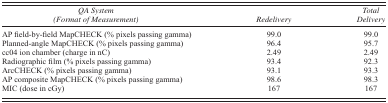
<table><thead><tr><td><b><i>QA System (Format of Measurement)</i></b></td><td><b><i>Redelivery</i></b></td><td><b><i>Total Delivery</i></b></td></tr></thead><tbody><tr><td>AP field‐by‐field MapCHECK (% pixels passing gamma)</td><td>99.0</td><td>99.0</td></tr><tr><td>Planned‐angle MapCHECK (% pixels passing gamma)</td><td>96.4</td><td>95.7</td></tr><tr><td>cc04 ion chamber (charge in nC)</td><td>2.49</td><td>2.49</td></tr><tr><td>Radiographic film (% pixels passing gamma)</td><td>93.4</td><td>92.3</td></tr><tr><td>ArcCHECK (% pixels passing gamma)</td><td>93.1</td><td>93.3</td></tr><tr><td>AP composite MapCHECK (% pixels passing gamma)</td><td>98.6</td><td>98.3</td></tr><tr><td>MIC (dose in cGy)</td><td>167</td><td>167</td></tr></tbody></table>